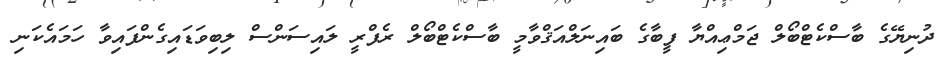
ދުނިޔޭގެ ބާސްކެޓްބޯލް ޖަމްޢިއްޔާ ފީބާގެ ބައިނަލްއަޤްވާމީ ބާސްކެޓްބޯލް ރެފްރީ ލައިސަންސް ލިބިވަޑައިގެންފައިވާ ހަމައެކަނި